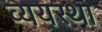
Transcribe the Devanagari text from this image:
व्ययस्था